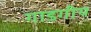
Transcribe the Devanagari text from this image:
गाडगीय